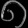
Digit: ၈